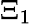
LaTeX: \Xi_{1}